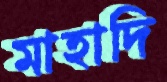
মাহাদি